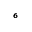
_ 6